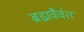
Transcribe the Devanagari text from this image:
ब्रह्मवैर्वत